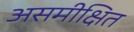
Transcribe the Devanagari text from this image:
असमीक्षित